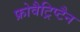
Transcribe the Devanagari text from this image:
फ्रोवैट्रिप्टैन